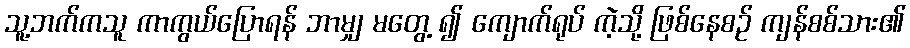
သူ့ဘက်ကသူ ကာကွယ်ပြောရန် ဘာမျှ မတွေ့ ၍ ကျောက်ရုပ် ကဲ့သို့ ဖြစ်နေစဉ် ကျန်စစ်သား၏